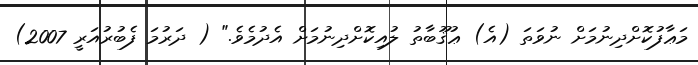
މަޢާފުކޮށްދިނުމަށް ނުވަތަ (އެ) ޢުޤޫބާތު ލުއިކޮށްދިނުމަށް އެދުމެވެ." ( ދަރުމަ ފެބުރުއަރީ 2007)